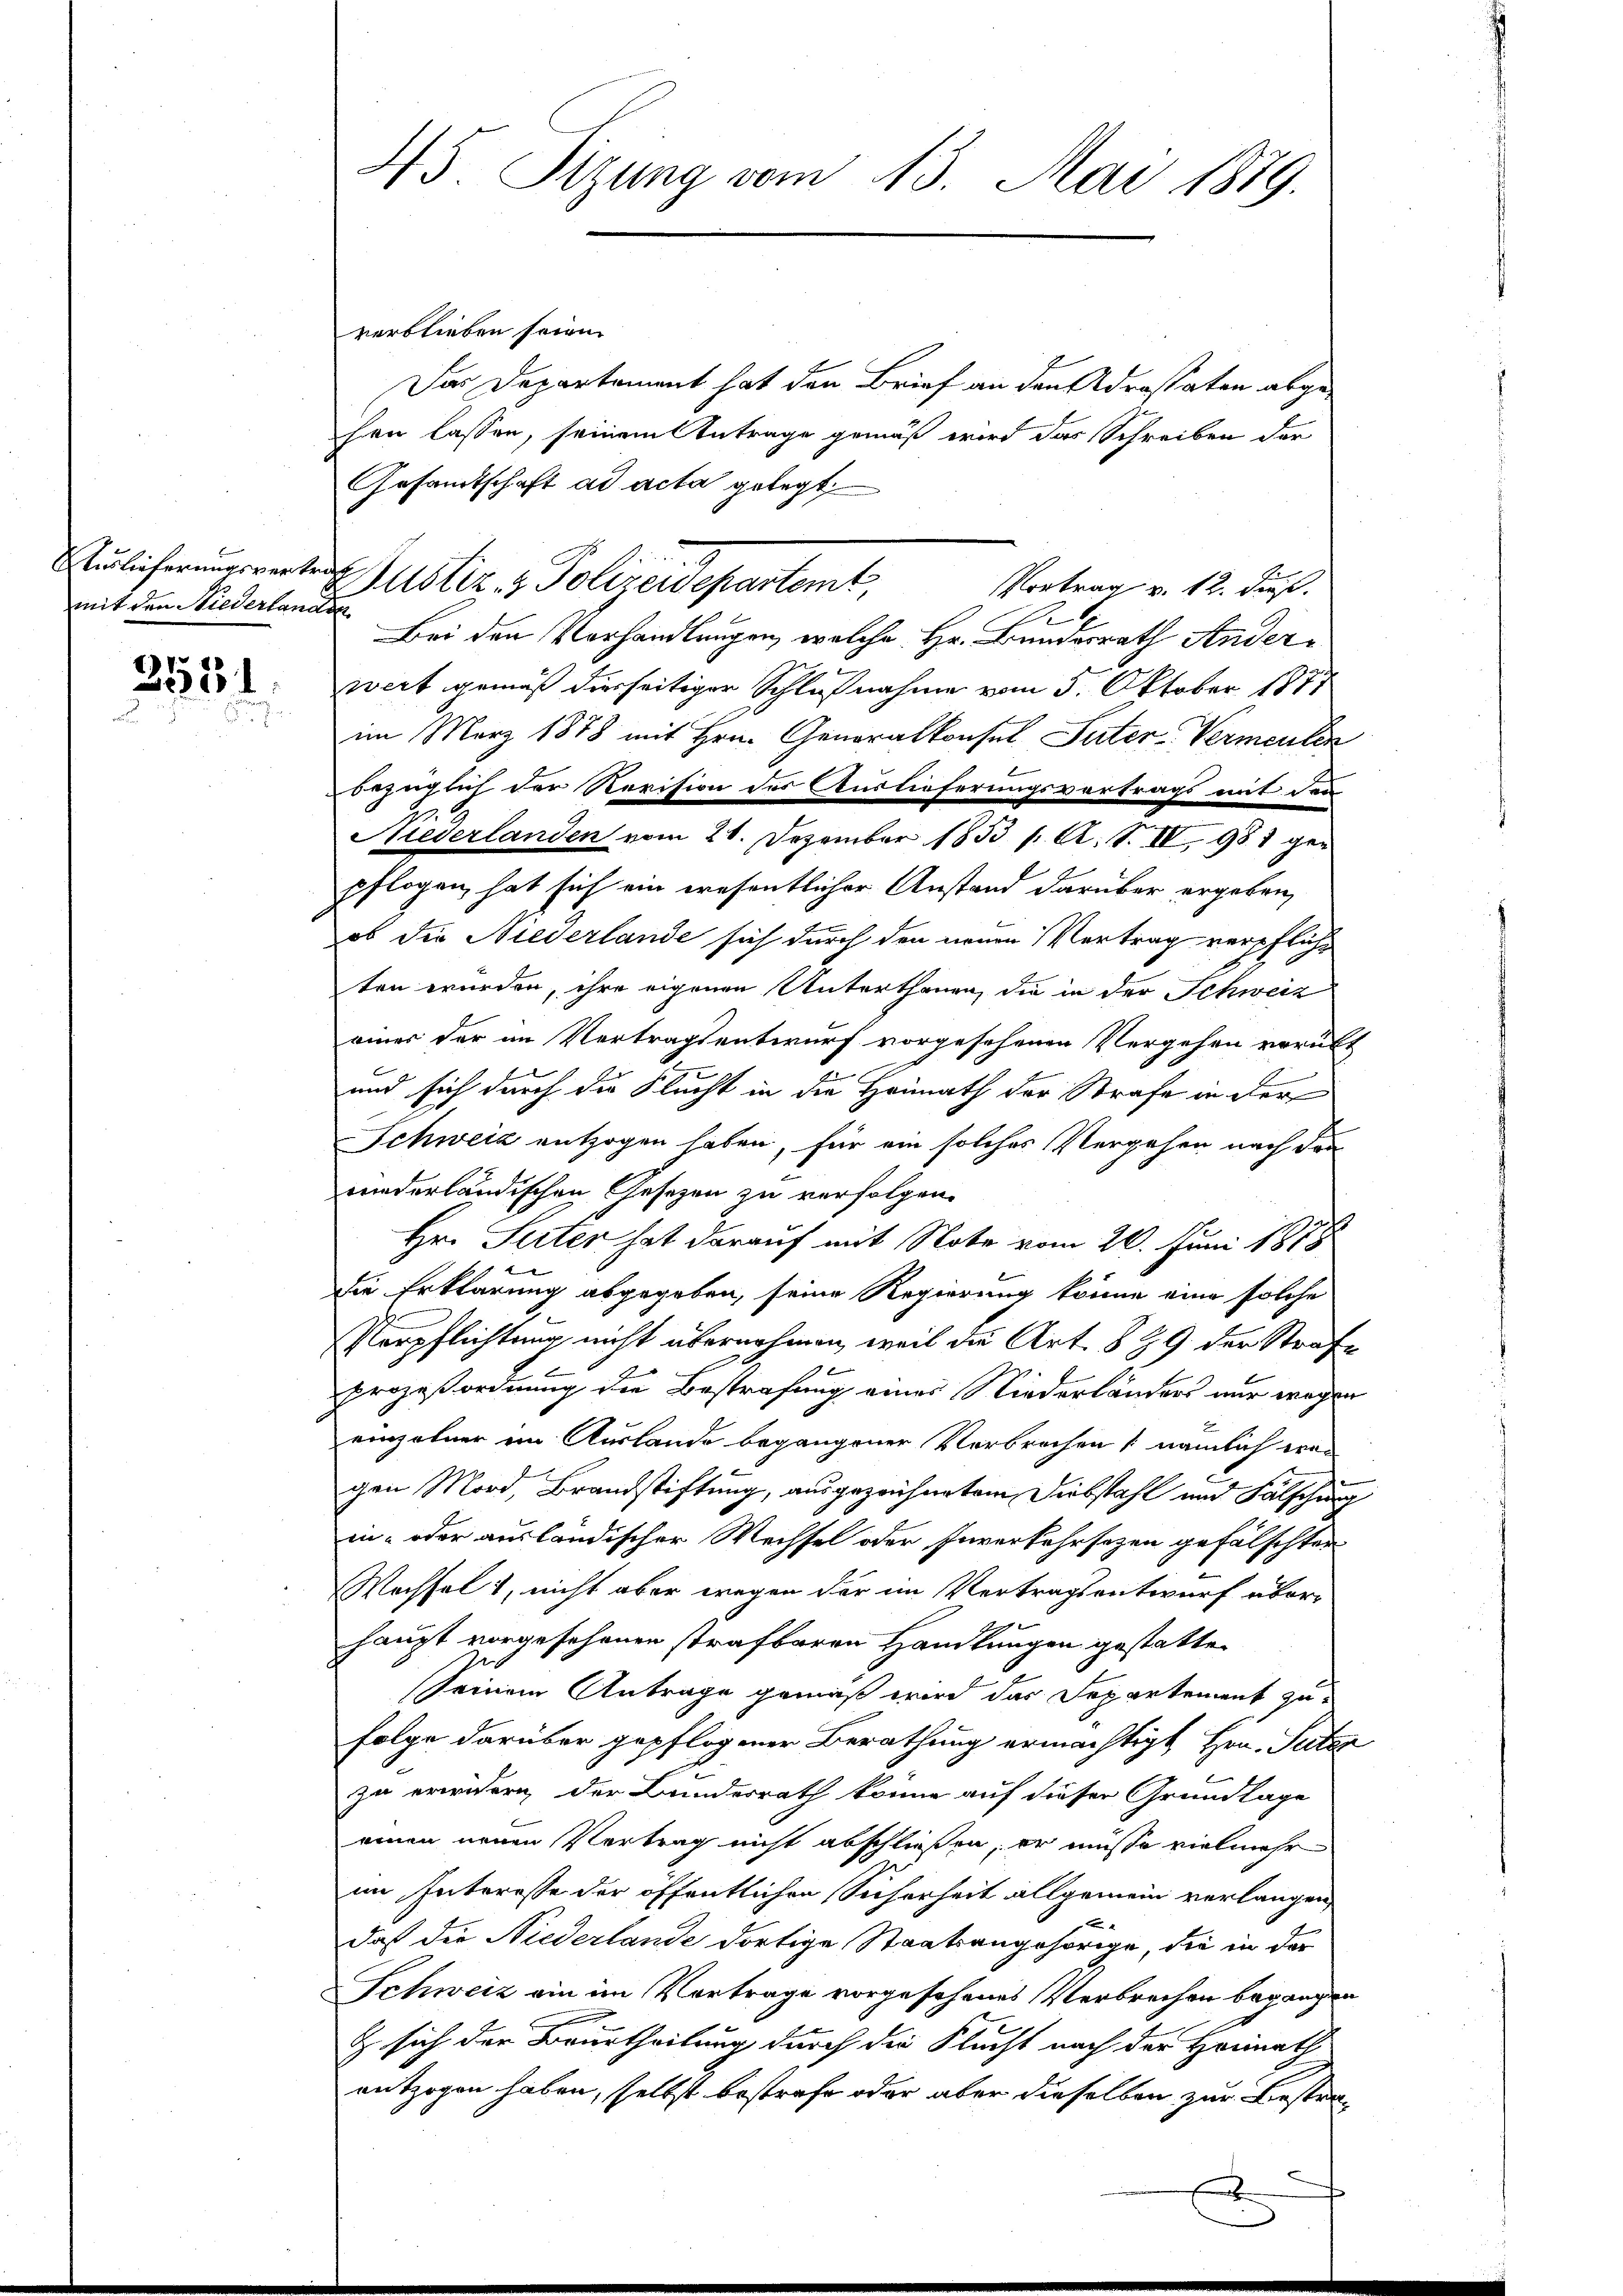
Nürlicherungsvertrag
mit den Niederlandsa

255

45. Sizung vom 13. Mai 1879.

verblieben seien.
Das Departement hat den Brief an den Adrestaten abgehen lassen, seinem Antrage gemäß wird das Schreiben der
Gesandtschaft ad acta gelegt
Vortrag v. 12. dieß.
u
Bei den Vorhandlungen, welche Hr. Bundesrath Anderwert gemäß diesseitiger Schlußnahme vom 5. Oktober 1891
im März 1878 mit Hrn. Generalkonsul Pater-Vermenten
bezüglich der Revision des Auslieferungsvertrags mit den
Niederlanden vom 21. Dezember 1853 /: A. S. IV, 988 gepflogen, hat sich ein erosentlicher Anstand darüber ergeben,
ob die Niederlande sich durch den neuen Vertrag verpfliche
ten wurden, ihre eigenen Unterthanen, die in der Schweiz
einer der im Vertragsentwurf vorgesehenen Vergehen verübt
und sich durch die Flucht in die Heimath der Strafe in der
Schweiz entzogen haben, für ein solches Vergehen nach den
riederländischen Gesetzen zu verfolgen.
Hr. Seiter hat darauf mit Note vom 26. Juni 1878
die Erklärung abgegeben, seine Regierung könne eine solche
Perpflichtung nicht übernehmen, weil die Art. 839 der Strafe
1 x
prozeßordnung die Bestrafung eines Niederländers nur wegen
einzelner ein Auslande begangener Verbrechen (nämlich wegen Mord, Brandstiftung, ausgezeichnetem Diebstahl und Fälschung
in- oder ausländischer Wechsel oder Inverkehrsezen gefälschter
Wechselt, nicht aber wegen der im Vertragsentwurf überhaupt vorgesehenen strafbaren Handlungen gestatten
Seinem Antrage gemäß wird das Departement zu
Folge darüber gepflogener Berathung ermächtigt Hrn. Suter
zu erwidern der Bundesrath könne auf dieser Grundlage
einen neuen Vertrag nicht abschließen, er müsse vielmehr
im Interesse der öffentlichen Sicherheit allgemein verlangen
e
daß die Niederlande dortige Staatsangehörige, die in der
Schweiz ain im Vertrage vorgesehenes Verbrechen begangen
& sich der Beurtheilung durch die Flucht nach der Heimath
entzogen haben, selbst bestrafe oder aber dieselben zur Bestra¬

Puster. - Polizeidepartemt,